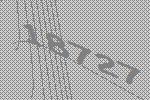
18727